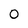
Character: 0